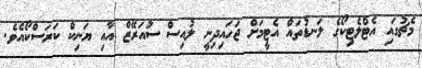
މެޗުގައި އެޓްލެޓިކޯގެ ލަނޑުތައް އެޓީމަށް ޖަހައިދިނީ ލުއިސް ސުއަރޭޒް އާއި ޔަނިކް ކަރަސްކޯއެވެ.